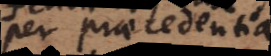
per praecedentia.